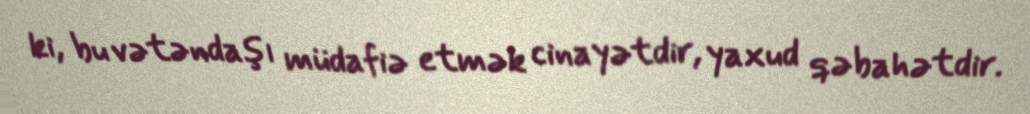
ki, bu vətəndaşı müdafiə etmək cinayətdir, yaxud qəbahətdir.